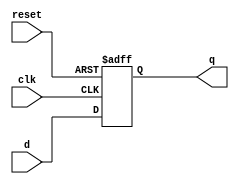
module DFlipFlop(
    input clk,
    input reset,
    input d,
    output wire q
    );
    reg q_reg;
    always @(posedge clk or posedge reset) begin
        if(reset)
            q_reg = 0;
        else
            q_reg = d;
    end
    assign q = q_reg;
    
    specify
        $setup(d, clk, 2);
        $hold(clk, d, 0);
    endspecify
endmodule